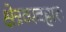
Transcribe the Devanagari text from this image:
क्षेत्रव्यवहारः